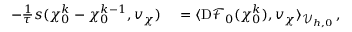
\begin{array} { r l } { - \frac { 1 } { \tau } s ( \boldsymbol { \chi } _ { 0 } ^ { k } - \boldsymbol { \chi } _ { 0 } ^ { k - 1 } , \boldsymbol { v } _ { \boldsymbol { \chi } } ) } & { { } = \langle \mathrm { D } \mathscr { F } _ { 0 } ( \boldsymbol { \chi } _ { 0 } ^ { k } ) , \boldsymbol { v } _ { \boldsymbol { \chi } } \rangle _ { \mathcal { V } _ { h , 0 } } \, , } \end{array}